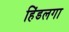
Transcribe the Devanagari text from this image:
हिंडलगा